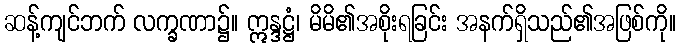
ဆန့်ကျင်ဘက် လက္ခဏာ၌။ ဣန္ဒဋ္ဌံ၊ မိမိ၏အစိုးရခြင်း အနက်ရှိသည်၏အဖြစ်ကို။